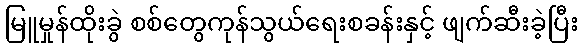
မြူမှုန်ထိုးခွဲ စစ်တွေကုန်သွယ်ရေးစခန်းနှင့် ဖျက်ဆီးခဲ့ပြီး